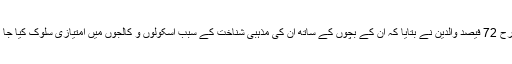
اسی طرح 72 فیصد والدین نے بتایا کہ ان کے بچوں کے ساتھ ان کی مذہبی شناخت کے سبب اسکولوں و کالجوں میں امتیازی سلوک کیا جا تا ہے ۔